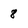
Character: 8